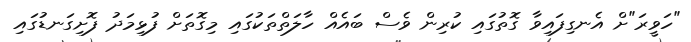
"ހަވީރަ"ށް އެނގިފައިވާ ގޮތުގައި ކުރިން ވެސް ބައެއް ހާލަތްތަކުގައި މިގޮތަށް ފުޅިމަދު ފޮށިގަނޑުގައި